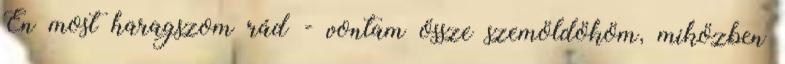
Én most haragszom rád - vontam össze szemöldököm, miközben